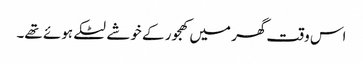
اس وقت گھر میں کھجور کے خوشے لٹکے ہوئے تھے۔